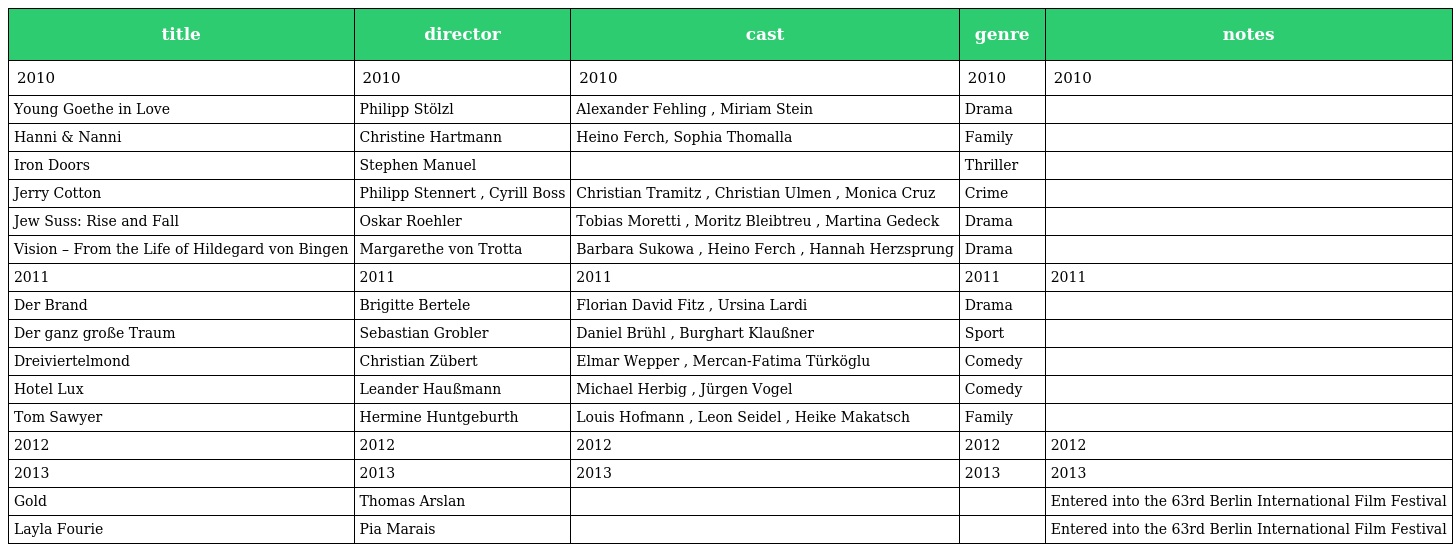
| title | director | cast | genre | notes |
 | --- | --- | --- | --- | --- |
 | 2010 | 2010 | 2010 | 2010 | 2010 |
 | Young Goethe in Love | Philipp Stölzl | Alexander Fehling , Miriam Stein | Drama |  |
 | Hanni & Nanni | Christine Hartmann | Heino Ferch, Sophia Thomalla | Family |  |
 | Iron Doors | Stephen Manuel |  | Thriller |  |
 | Jerry Cotton | Philipp Stennert , Cyrill Boss | Christian Tramitz , Christian Ulmen , Monica Cruz | Crime |  |
 | Jew Suss: Rise and Fall | Oskar Roehler | Tobias Moretti , Moritz Bleibtreu , Martina Gedeck | Drama |  |
 | Vision – From the Life of Hildegard von Bingen | Margarethe von Trotta | Barbara Sukowa , Heino Ferch , Hannah Herzsprung | Drama |  |
 | 2011 | 2011 | 2011 | 2011 | 2011 |
 | Der Brand | Brigitte Bertele | Florian David Fitz , Ursina Lardi | Drama |  |
 | Der ganz große Traum | Sebastian Grobler | Daniel Brühl , Burghart Klaußner | Sport |  |
 | Dreiviertelmond | Christian Zübert | Elmar Wepper , Mercan-Fatima Türköglu | Comedy |  |
 | Hotel Lux | Leander Haußmann | Michael Herbig , Jürgen Vogel | Comedy |  |
 | Tom Sawyer | Hermine Huntgeburth | Louis Hofmann , Leon Seidel , Heike Makatsch | Family |  |
 | 2012 | 2012 | 2012 | 2012 | 2012 |
 | 2013 | 2013 | 2013 | 2013 | 2013 |
 | Gold | Thomas Arslan |  |  | Entered into the 63rd Berlin International Film Festival |
 | Layla Fourie | Pia Marais |  |  | Entered into the 63rd Berlin International Film Festival |